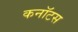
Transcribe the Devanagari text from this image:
कनॉटस